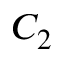
C _ { 2 }